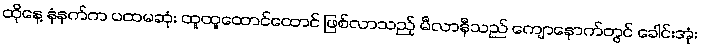
ထိုနေ့ နံနက်က ပထမဆုံး ထူထူထောင်ထောင် ဖြစ်လာသည့် မီလာနီသည် ကျောနောက်တွင် ခေါင်းအုံး